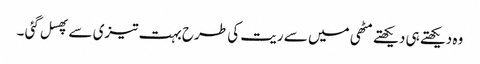
وہ دیکھتے ہی دیکھتے مٹھی میں سے ریت کی طرح بہت تیزی سے پھسل گئی ۔